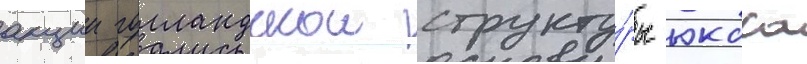
акции голландскои структу́ры юкоса